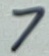
Text: 7